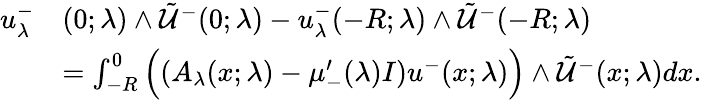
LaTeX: \begin{array}{rl}{u_{\lambda}^{-}}&{(0;\lambda)\wedge\tilde{\mathcal{U}}^{-}(0;\lambda)-u_{\lambda}^{-}(-R;\lambda)\wedge\tilde{\mathcal{U}}^{-}(-R;\lambda)}\\ &{=\int_{-R}^{0}\Big((A_{\lambda}(x;\lambda)-\mu_{-}^{\prime}(\lambda)I)u^{-}(x;\lambda)\Big)\wedge\tilde{\mathcal{U}}^{-}(x;\lambda)dx.}\end{array}